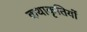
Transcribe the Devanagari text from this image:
कथाकृतियों